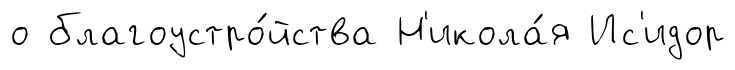
о благоустро́йства Н'икола́я Ис'идор